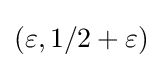
(\varepsilon ,1/2+\varepsilon )